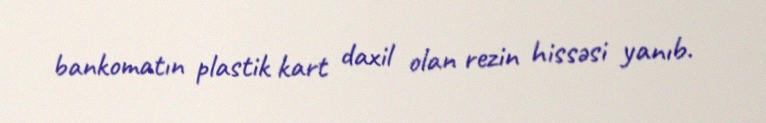
bankomatın plastik kart daxil olan rezin hissəsi yanıb.